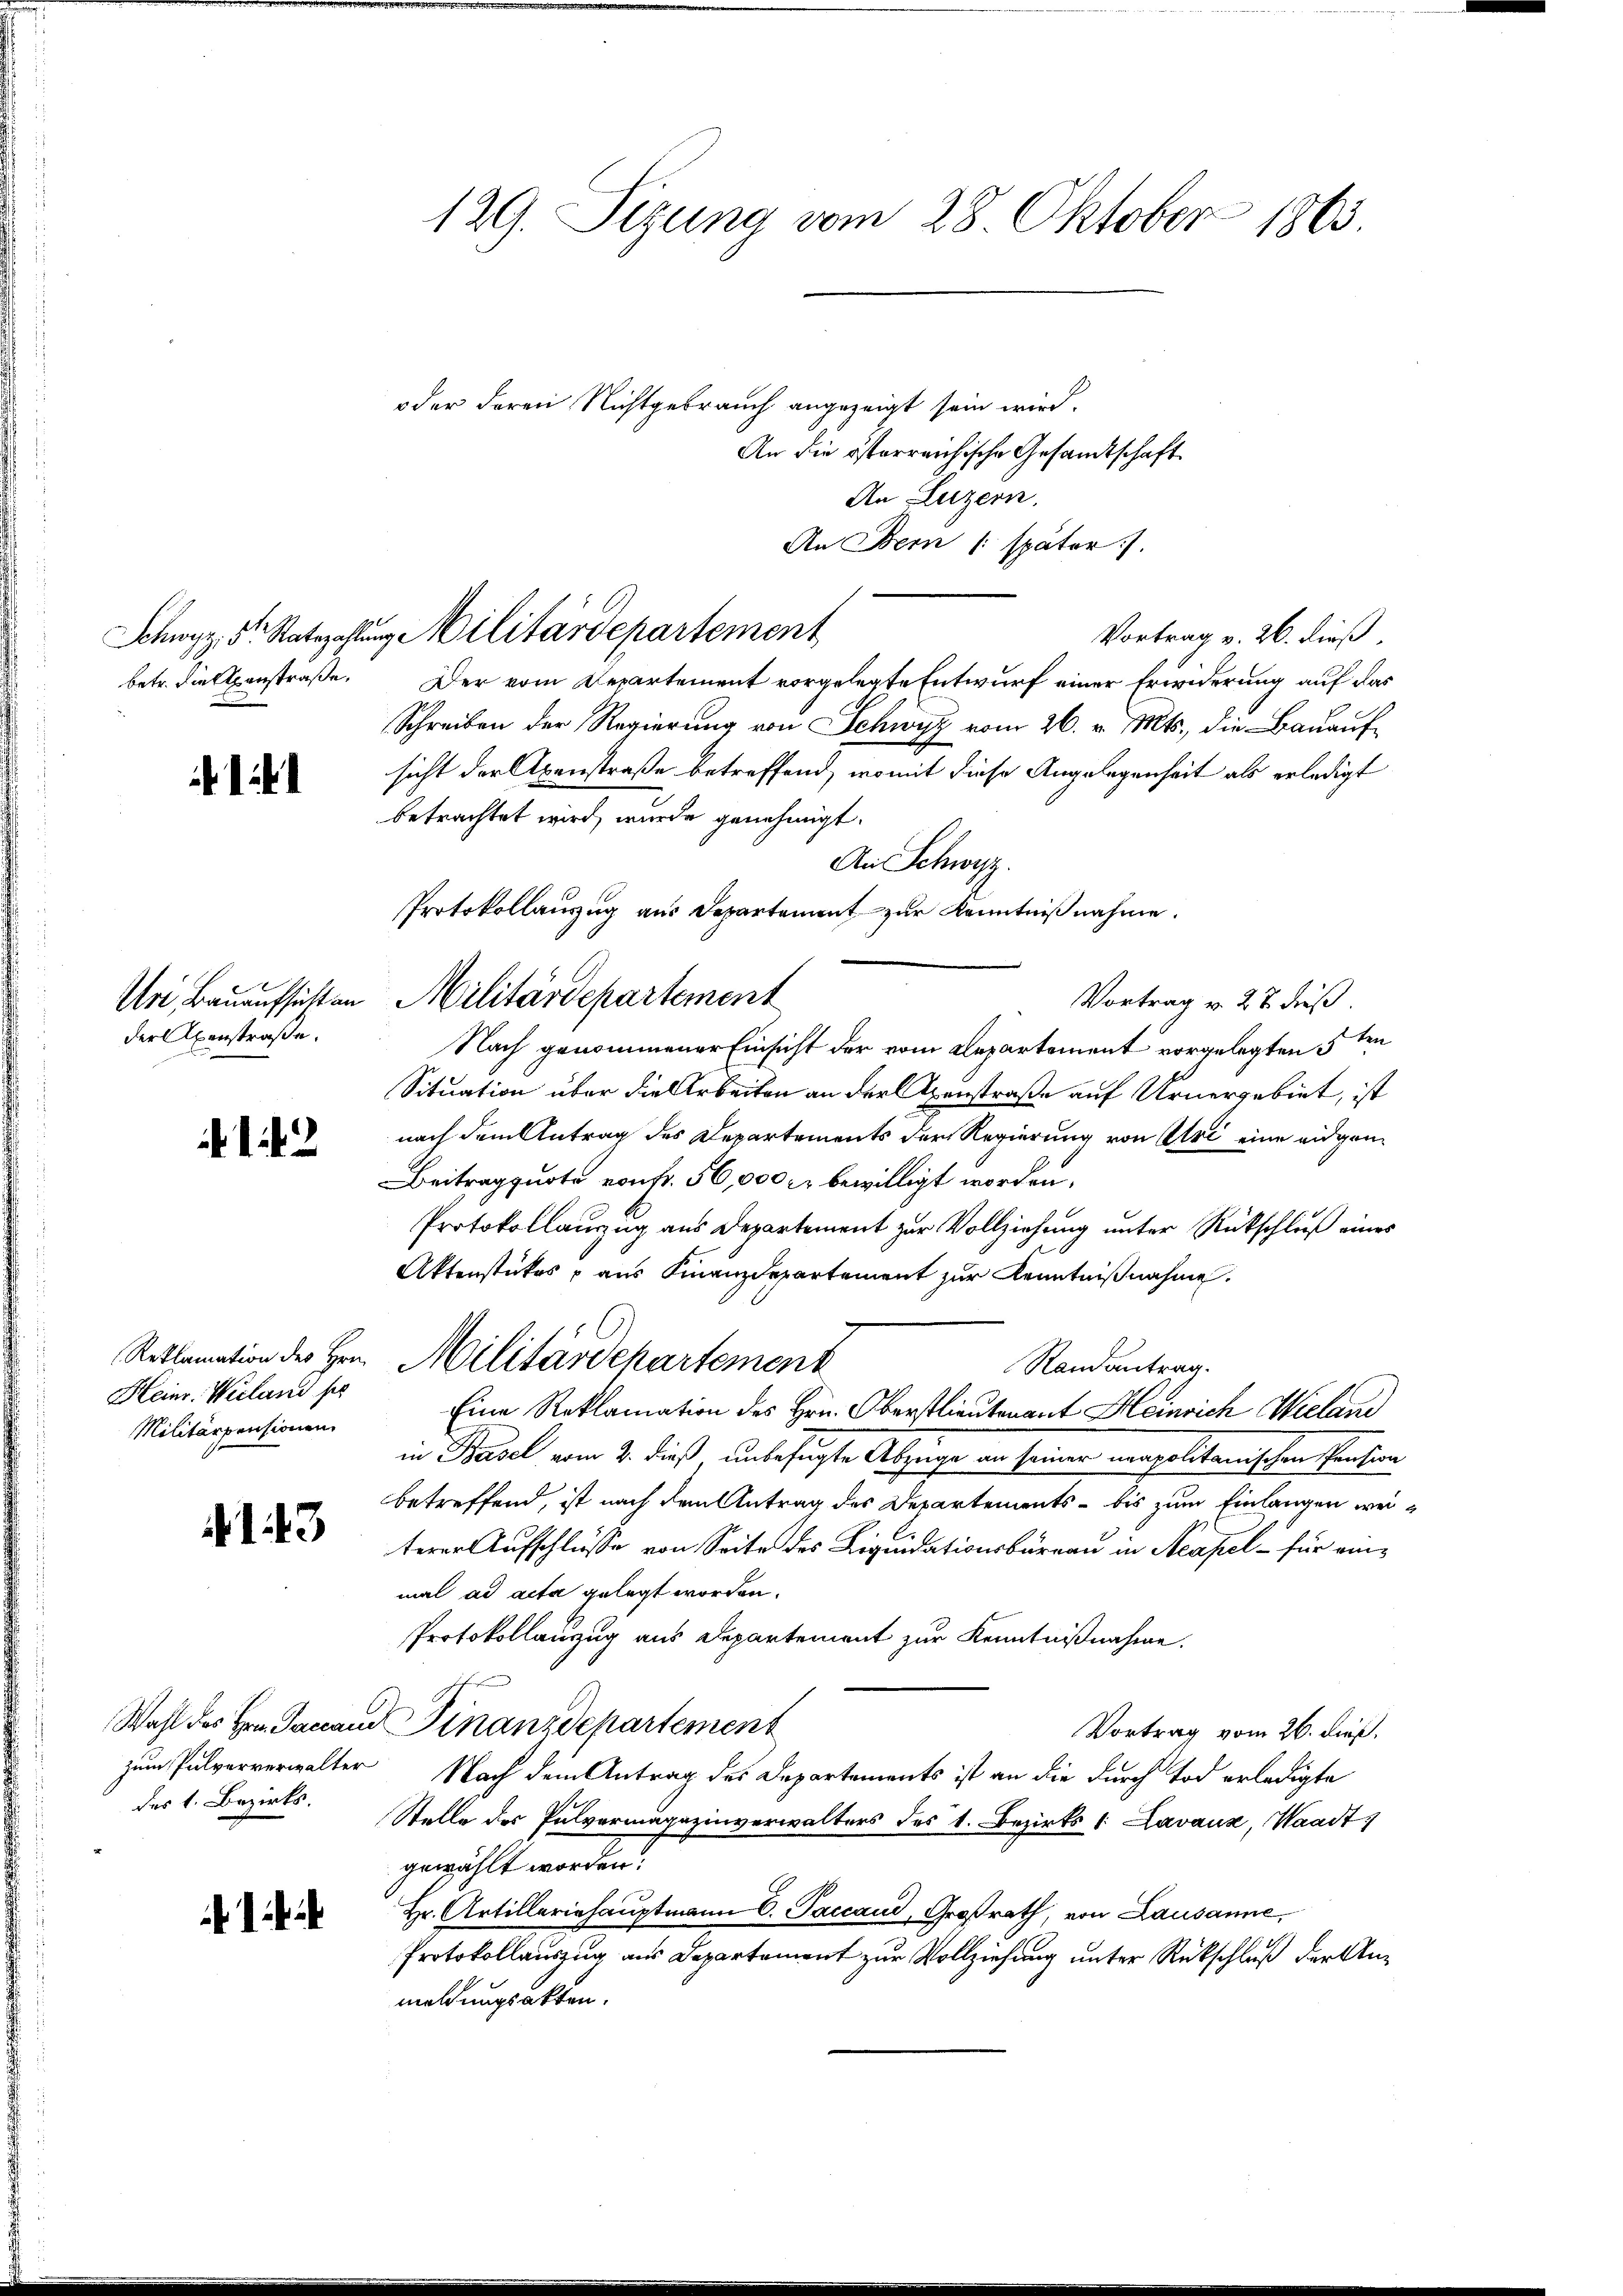
betr. Viellenstraße,

der Axenstraße.

12

Heinr. Wieland se
Militärpensionen

3

des 1. Bezirks-

4

oder deren Nichtgebrauch angezeigt sein wird.
An die österreichische Gesandtschaft
An Luzern.
An Bern /: später).
Vortrag v. 26. dieß,
Der vom Departement vorgelegte Entwurf einer Erwiderung auf das
Schreiben der Regierung von Schwyz vom 26. v. Mts., die Bauaufsicht der Axenstraße betreffend, womit diese Angelegenheit als erledigt
betrachtet wird, wurde genehmigt.
An Schwyz.
Protokollauszug aus Departement zur Kenntnißnahme.
Vortrag v. 22 dieß.
Nach genommener Einsicht der vom Departement vorgelegten 5ten
Situation über die Arbeiten an der Axenstraße auf Urnergebiet, ist
nach dem Antrag des Departements der Regierung von Uri eine eidgen¬
Beitragsquote von fr. 56,000 kr bewilligt worden,
Protokollauszug aus Departement zur Vollziehung unter Rückschluß eines
Aktenstückes, aus Finanzdepartement zur Kenntnißnahme.
Reklamation des Hrn. Militärdepartement
Randantrag.
Eine Reklamation des Hrn. Oberstlieutenant Heinrich Wieland
in Basel vom 2. dieß unbefugte Abzüge an seiner neapolitanischen Person
betreffend, ist nach dem Antrag des Departements - bis zum Einlangen weiterer Aufschlüsse von Seite des Liquidationsbüreau in Neapel - für einmal ad acta gelegt worden.
Protokollanzug aus Departement zur Kenntnißnahme.
sche
Wahl des Hrn. Janand Finanzdepartement
Vortrag vom 26. dieß,
zum Pulververwalter Nach dem Antrag des Departements ist an die durch Tod erledigte
Stelle des Pulvermagazinverwalters des 1. Bezirks- & Lavause, Waadt,
gewählt worden.
Hr. Artilleriehauptmann C. Paccaud, Großrath, von Lausanne,
Protokollauszug aus Departement zur Vollziehung unter Rückschluß der Unmeldungsakten.

129. Sizung vom 28. Oktober 1863.

Schwyz 5te Statszahlŭng Militärdepartement

Uri, Bauaufsicht an Militärdepartement